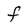
Character: F